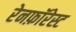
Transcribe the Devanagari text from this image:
रेनफ़ॉरेस्ट